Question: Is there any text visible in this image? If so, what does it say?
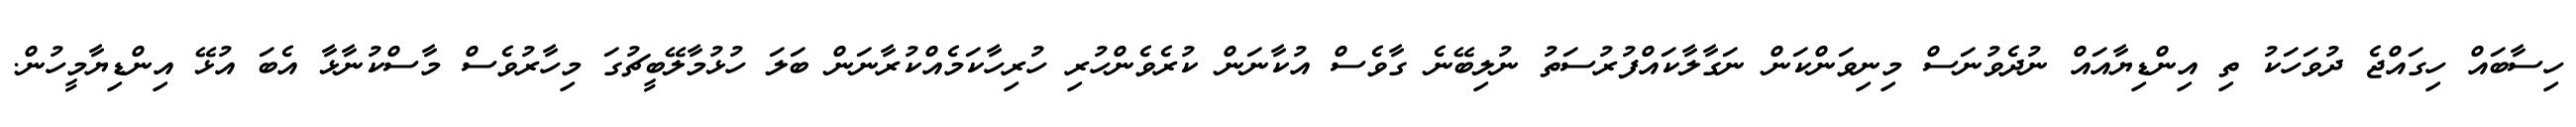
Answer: ހިސާބައް ހިގައްޖެ ދުވަހަކު ތި އިންޑިޔާއައް ނުދެވުނަސް މިނިވަންކަން ނަގާލާކައްފުރުސަތު ނުލިބޭނެ ގާވެސް އުކާނަން ކުރެވެންހުރި ހުރިހާކަމެއްކުރާނަން ބަލަ ހުޅުމާލޭބީޗުގަ މިހާރުވެސް މާސްކުނާޅާ އެބަ އުޅޭ އިންޑިޔާމީހުން.